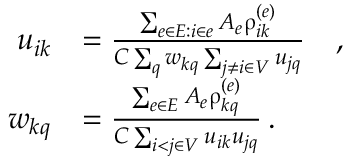
\begin{array} { r l } { u _ { i k } } & { = \frac { \sum _ { e \in E : i \in e } A _ { e } \uprho _ { i k } ^ { ( e ) } } { C \sum _ { q } w _ { k q } \sum _ { j \neq i \in V } u _ { j q } } \quad , } \\ { w _ { k q } } & { = \frac { \sum _ { e \in E } A _ { e } \uprho _ { k q } ^ { ( e ) } } { C \sum _ { i < j \in V } u _ { i k } u _ { j q } } \, . } \end{array}